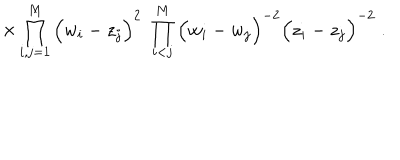
\times \prod _ { i , j = 1 } ^ { M } \Big ( w _ { i } - z _ { j } \Big ) ^ { 2 } \; \prod _ { i < j } ^ { M } \Big ( w _ { i } - w _ { j } \Big ) ^ { - 2 } \Big ( z _ { i } - z _ { j } \Big ) ^ { - 2 } \; .